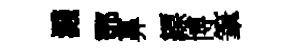
濺鄧鼻縹博筆